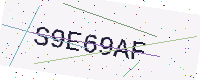
Text: S9E69AF